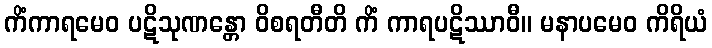
ကိံကာရမေဝ ပဋိသုဏန္တော ဝိစရတီတိ ကိံ ကာရပဋိဿာဝီ။ မနာပမေဝ ကိရိယံ